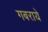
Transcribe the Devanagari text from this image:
गबराये